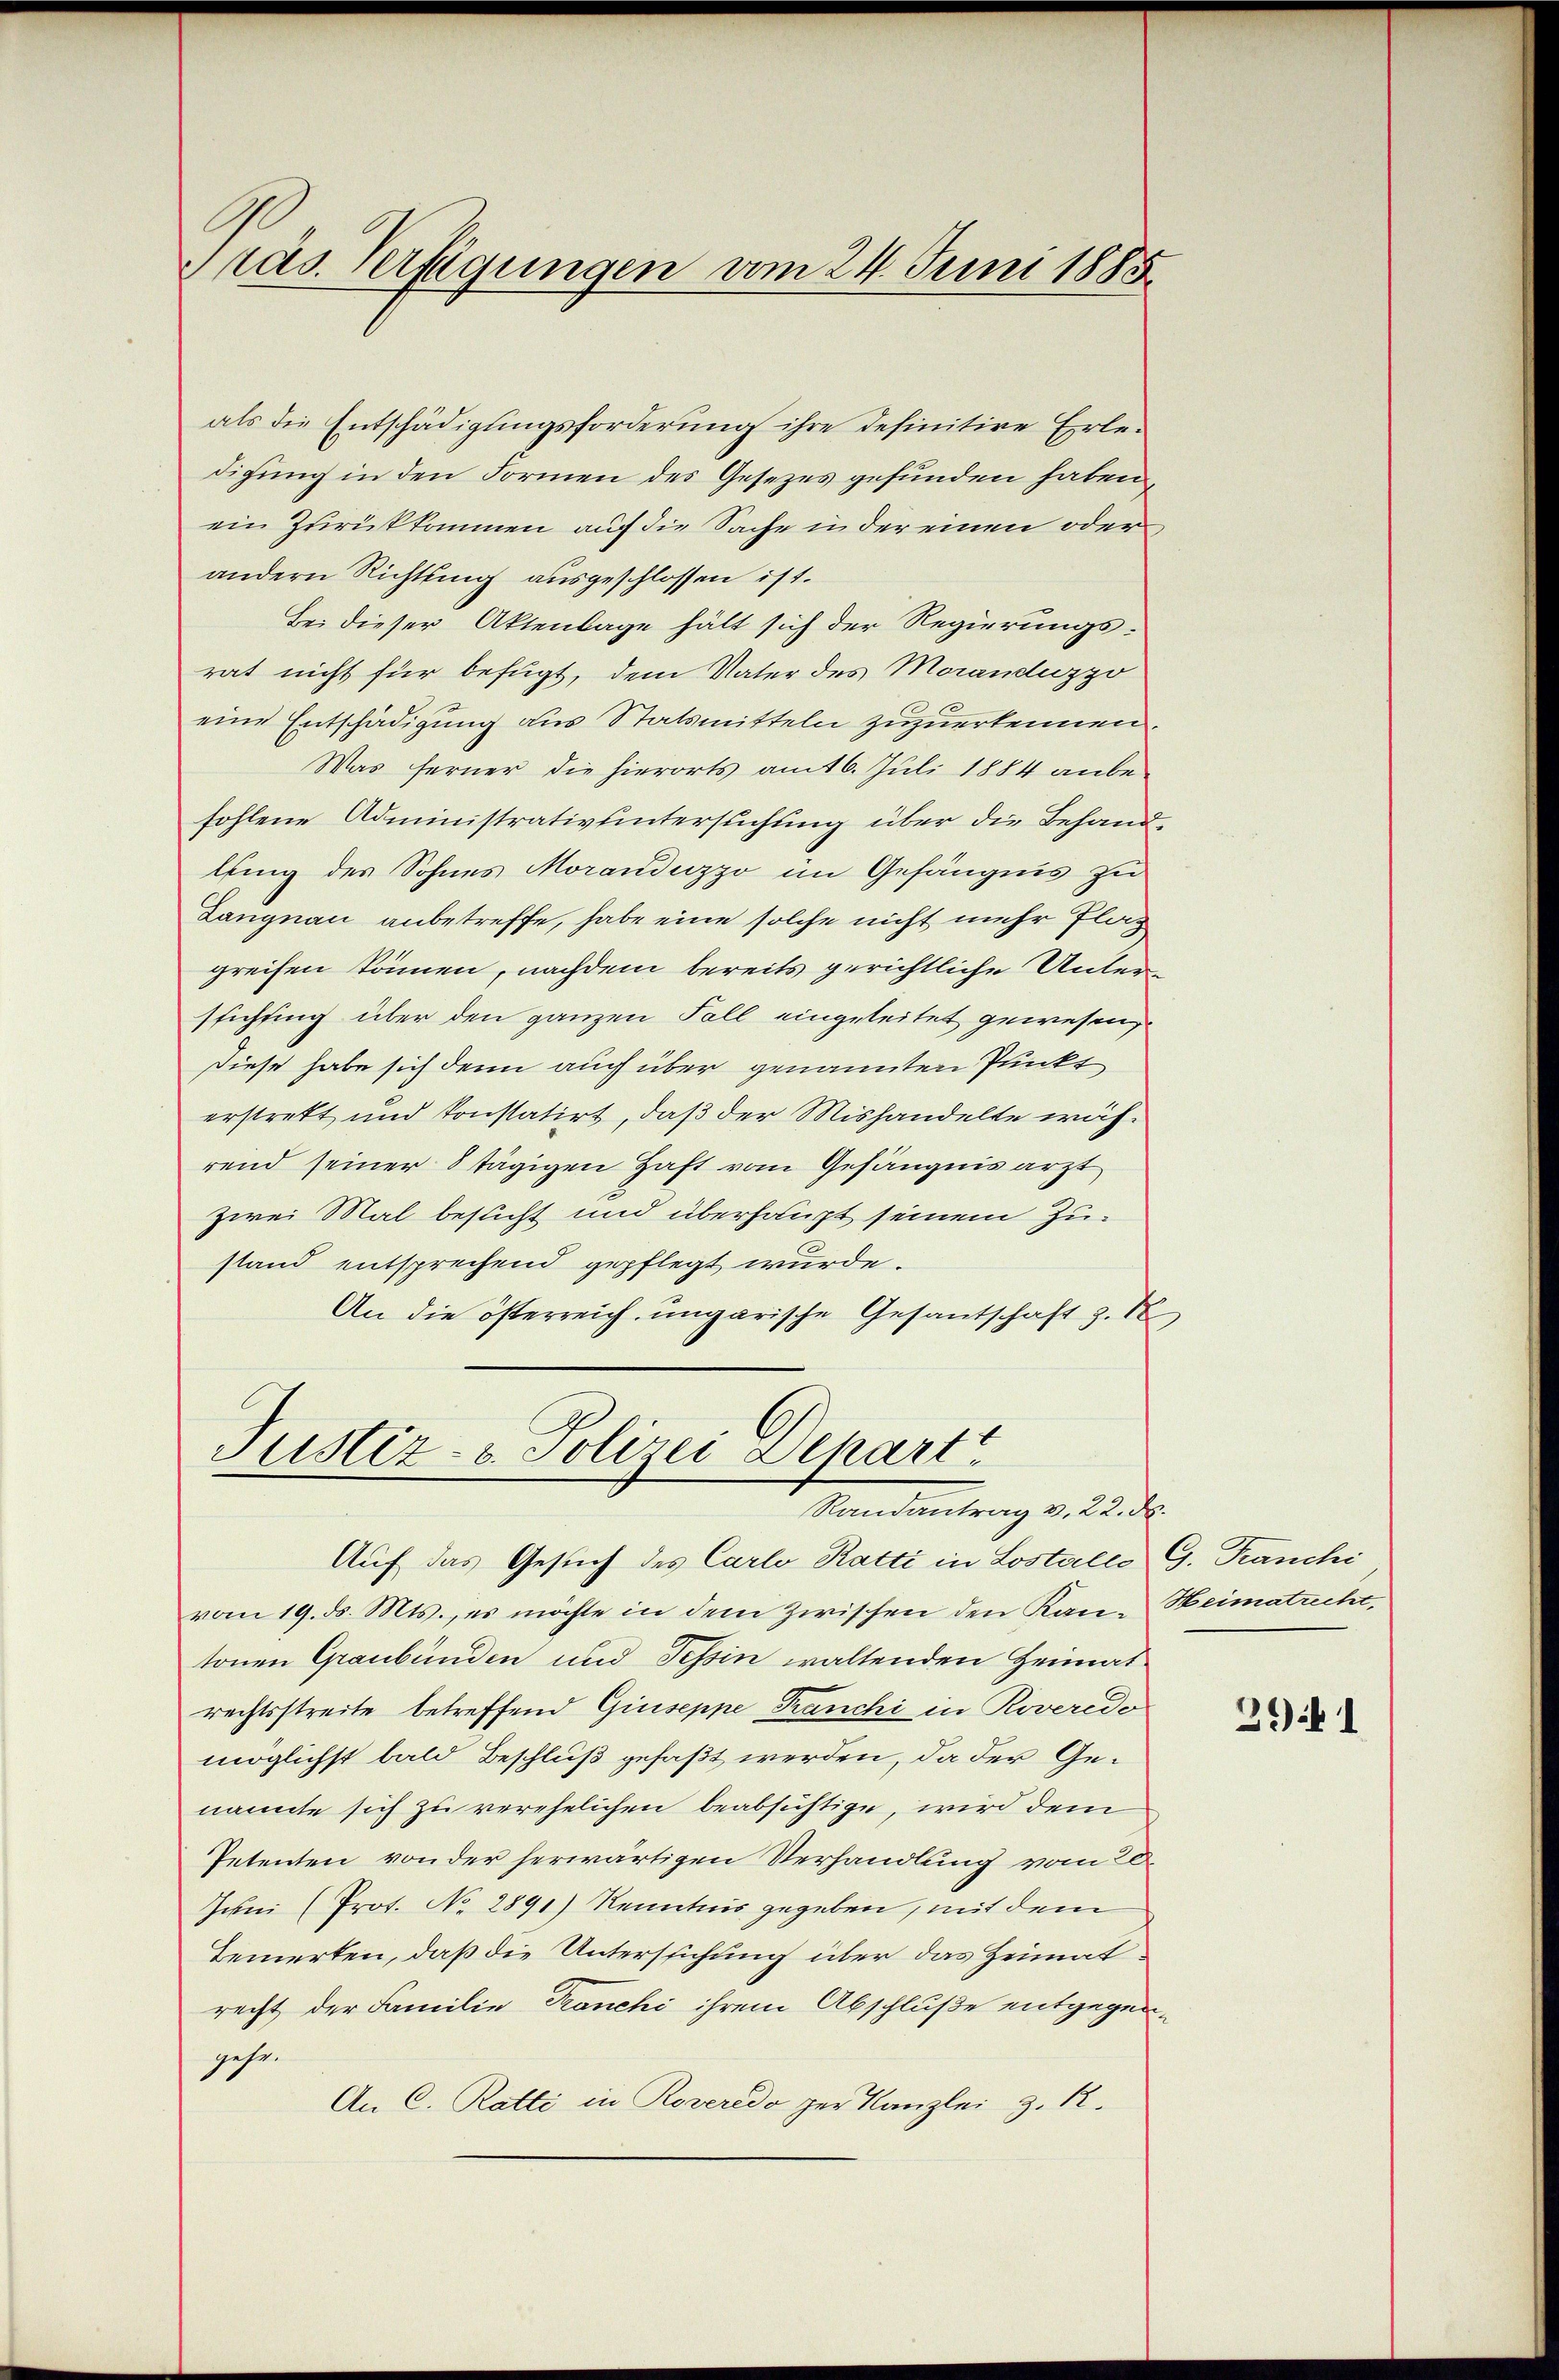
Präs. Verfügungen vom 24. Juni 1885.

als die Entschädigungsforderung ihre definitive Erledigung in den Formen des Gesezes gefunden haben,
ein Zurückkommen auf die Sache in der einen oder
andern Richtling ausgeschlossen ist.
Bei dieser Aktenlage hält sich der Regierungsrat nicht für befugt, dem Vater des Moranduzzo
eine Entschädigung aus Statsmitteln zuzuerkennen.
Was ferner die hierorts am 6. Juli 1884 anbefohlene Administrativuntersuchung über die Behandlling des Sohnes Moranduzzo im Gefängnis zu
Langnau anbetreffe, habe eine solche nicht mehr Flaz
greifen können, nachdem bereits gerichtliche Unterssichtung über den ganzen Fall eingeleitet gewesen,
Diese habe sich denn auch über genannten Punkt
erstrett und konstatirt, daß der Mishandelte während seiner 8 tägigen Haft vom Gefängnis ärzt
zwei Mal besucht und überhaupt seinem Zustand entsprechend gepflegt wurde.
An die österreich ungarische Gesantschaft z. B.

Justiz- & Polizei Depart
Randantrag v. 22. ds.

Auf das Gesuch des Carlo Ratti in Lostalls G. Franchi
vom 19. ds. Mts., es möchte in dem Zwischen den Kan-Heimatrechttonen Graubünden und Tessin waltenden Heimat
rechtsstreite betreffend Giuseppe Tranchi in Roveredo
möglichst bald Beschluß gefaßt werden, da der Genannte sich zu verehelichen beabsichtige, wird dem
Petenten von der herwärtigen Verhandlung vom 20.
Juni (Prot. No 2891) Kenntnis gegeben, mit dem
Bemerken, daß die Untersuchung über das Heimat
recht der Familie Tranchi ihrem Abschluße entgegengehe.
An C. Ratti in Roveredo zur Kanzlei z. R.

29 f 1